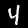
Digit: 4